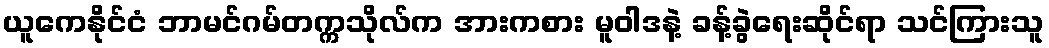
ယူကေနိုင်ငံ ဘာမင်ဂမ်တက္ကသိုလ်က အားကစား မူဝါဒနဲ့ ခန့်ခွဲရေးဆိုင်ရာ သင်ကြားသူ